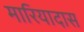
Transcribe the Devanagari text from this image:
मारियादास